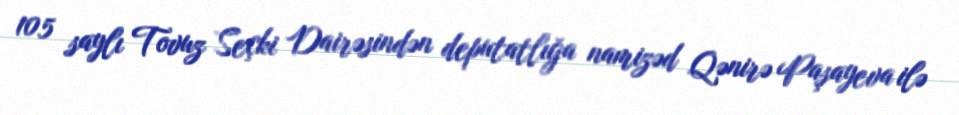
105 saylı Tovuz Seçki Dairəsindən deputatlığa namizəd Qənirə Paşayeva ilə